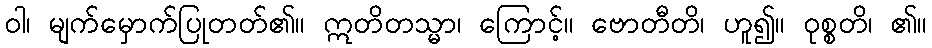
ဝါ၊ မျက်မှောက်ပြုတတ်၏။ ဣတိတသ္မာ၊ ကြောင့်။ ဗောတီတိ၊ ဟူ၍။ ဝုစ္စတိ၊ ၏။